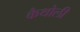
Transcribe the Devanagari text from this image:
कैथोली